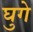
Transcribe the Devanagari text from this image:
घुगे